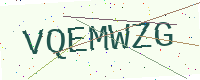
Text: VQEMWZG